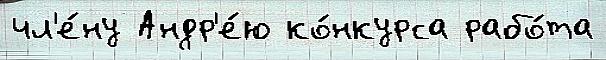
чл'е́ну Андр'е́ю ко́нкурса рабо́та